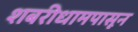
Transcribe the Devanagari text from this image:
शबरीधामपासून